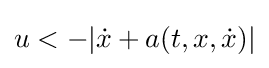
u<-|{\dot {x}}+a(t,x,{\dot {x}})|